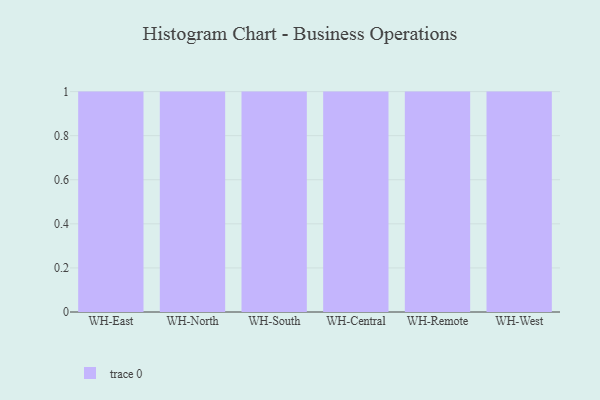
{"axis": {"x": "Warehouse", "y": "Net Income (USD K)"}, "legend": [""], "data": [{"x": "WH-East", "y": 57, "type": ""}, {"x": "WH-North", "y": 6, "type": ""}, {"x": "WH-South", "y": 24, "type": ""}, {"x": "WH-Central", "y": 71, "type": ""}, {"x": "WH-Remote", "y": 37, "type": ""}, {"x": "WH-West", "y": 94, "type": ""}]}